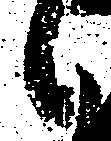
候